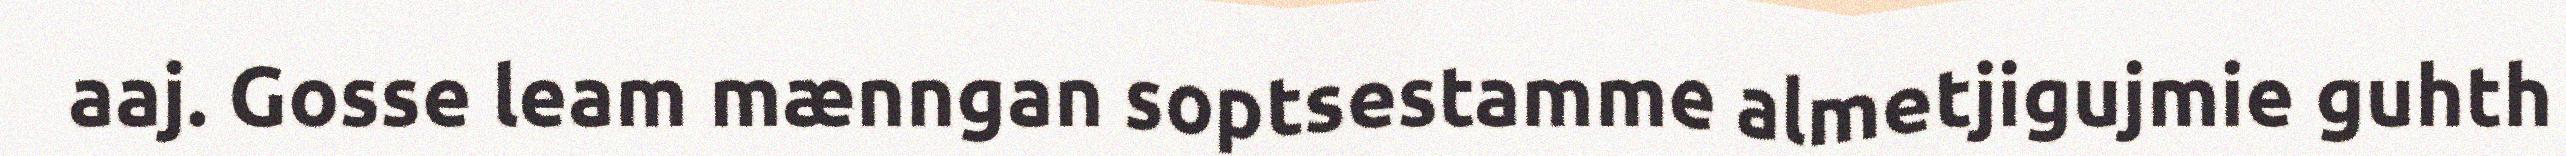
aaj. Gosse leam mænngan soptsestamme almetjigujmie guhth